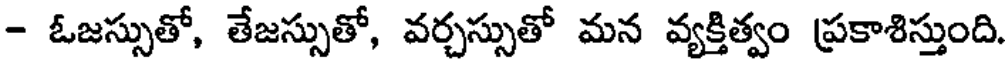
- ఓజస్సుతో, తేజస్సుతో, వర్చస్సుతో మన వ్యక్తిత్వం ప్రకాశిస్తుంది.